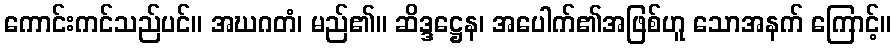
ကောင်းကင်သည်ပင်။ အဃဂတံ၊ မည်၏။ ဆိဒ္ဒဋ္ဌေန၊ အပေါက်၏အဖြစ်ဟူ သောအနက် ကြောင့်။